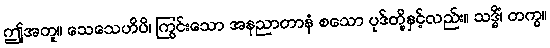
ဤအတူ။ သေသေဟိပိ၊ ကြွင်းသော အနညာတာနံ စသော ပုဒ်တို့နှင့်လည်း။ သဒ္ဓိံ၊ တကွ။